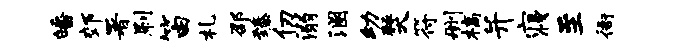
皤郊署刷笛札邵臻仞溺溷幼燹符删槁并寝至衙